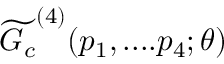
\widetilde { G _ { c } } ^ { ( 4 ) } ( p _ { 1 } , . . . . p _ { 4 } ; \theta )